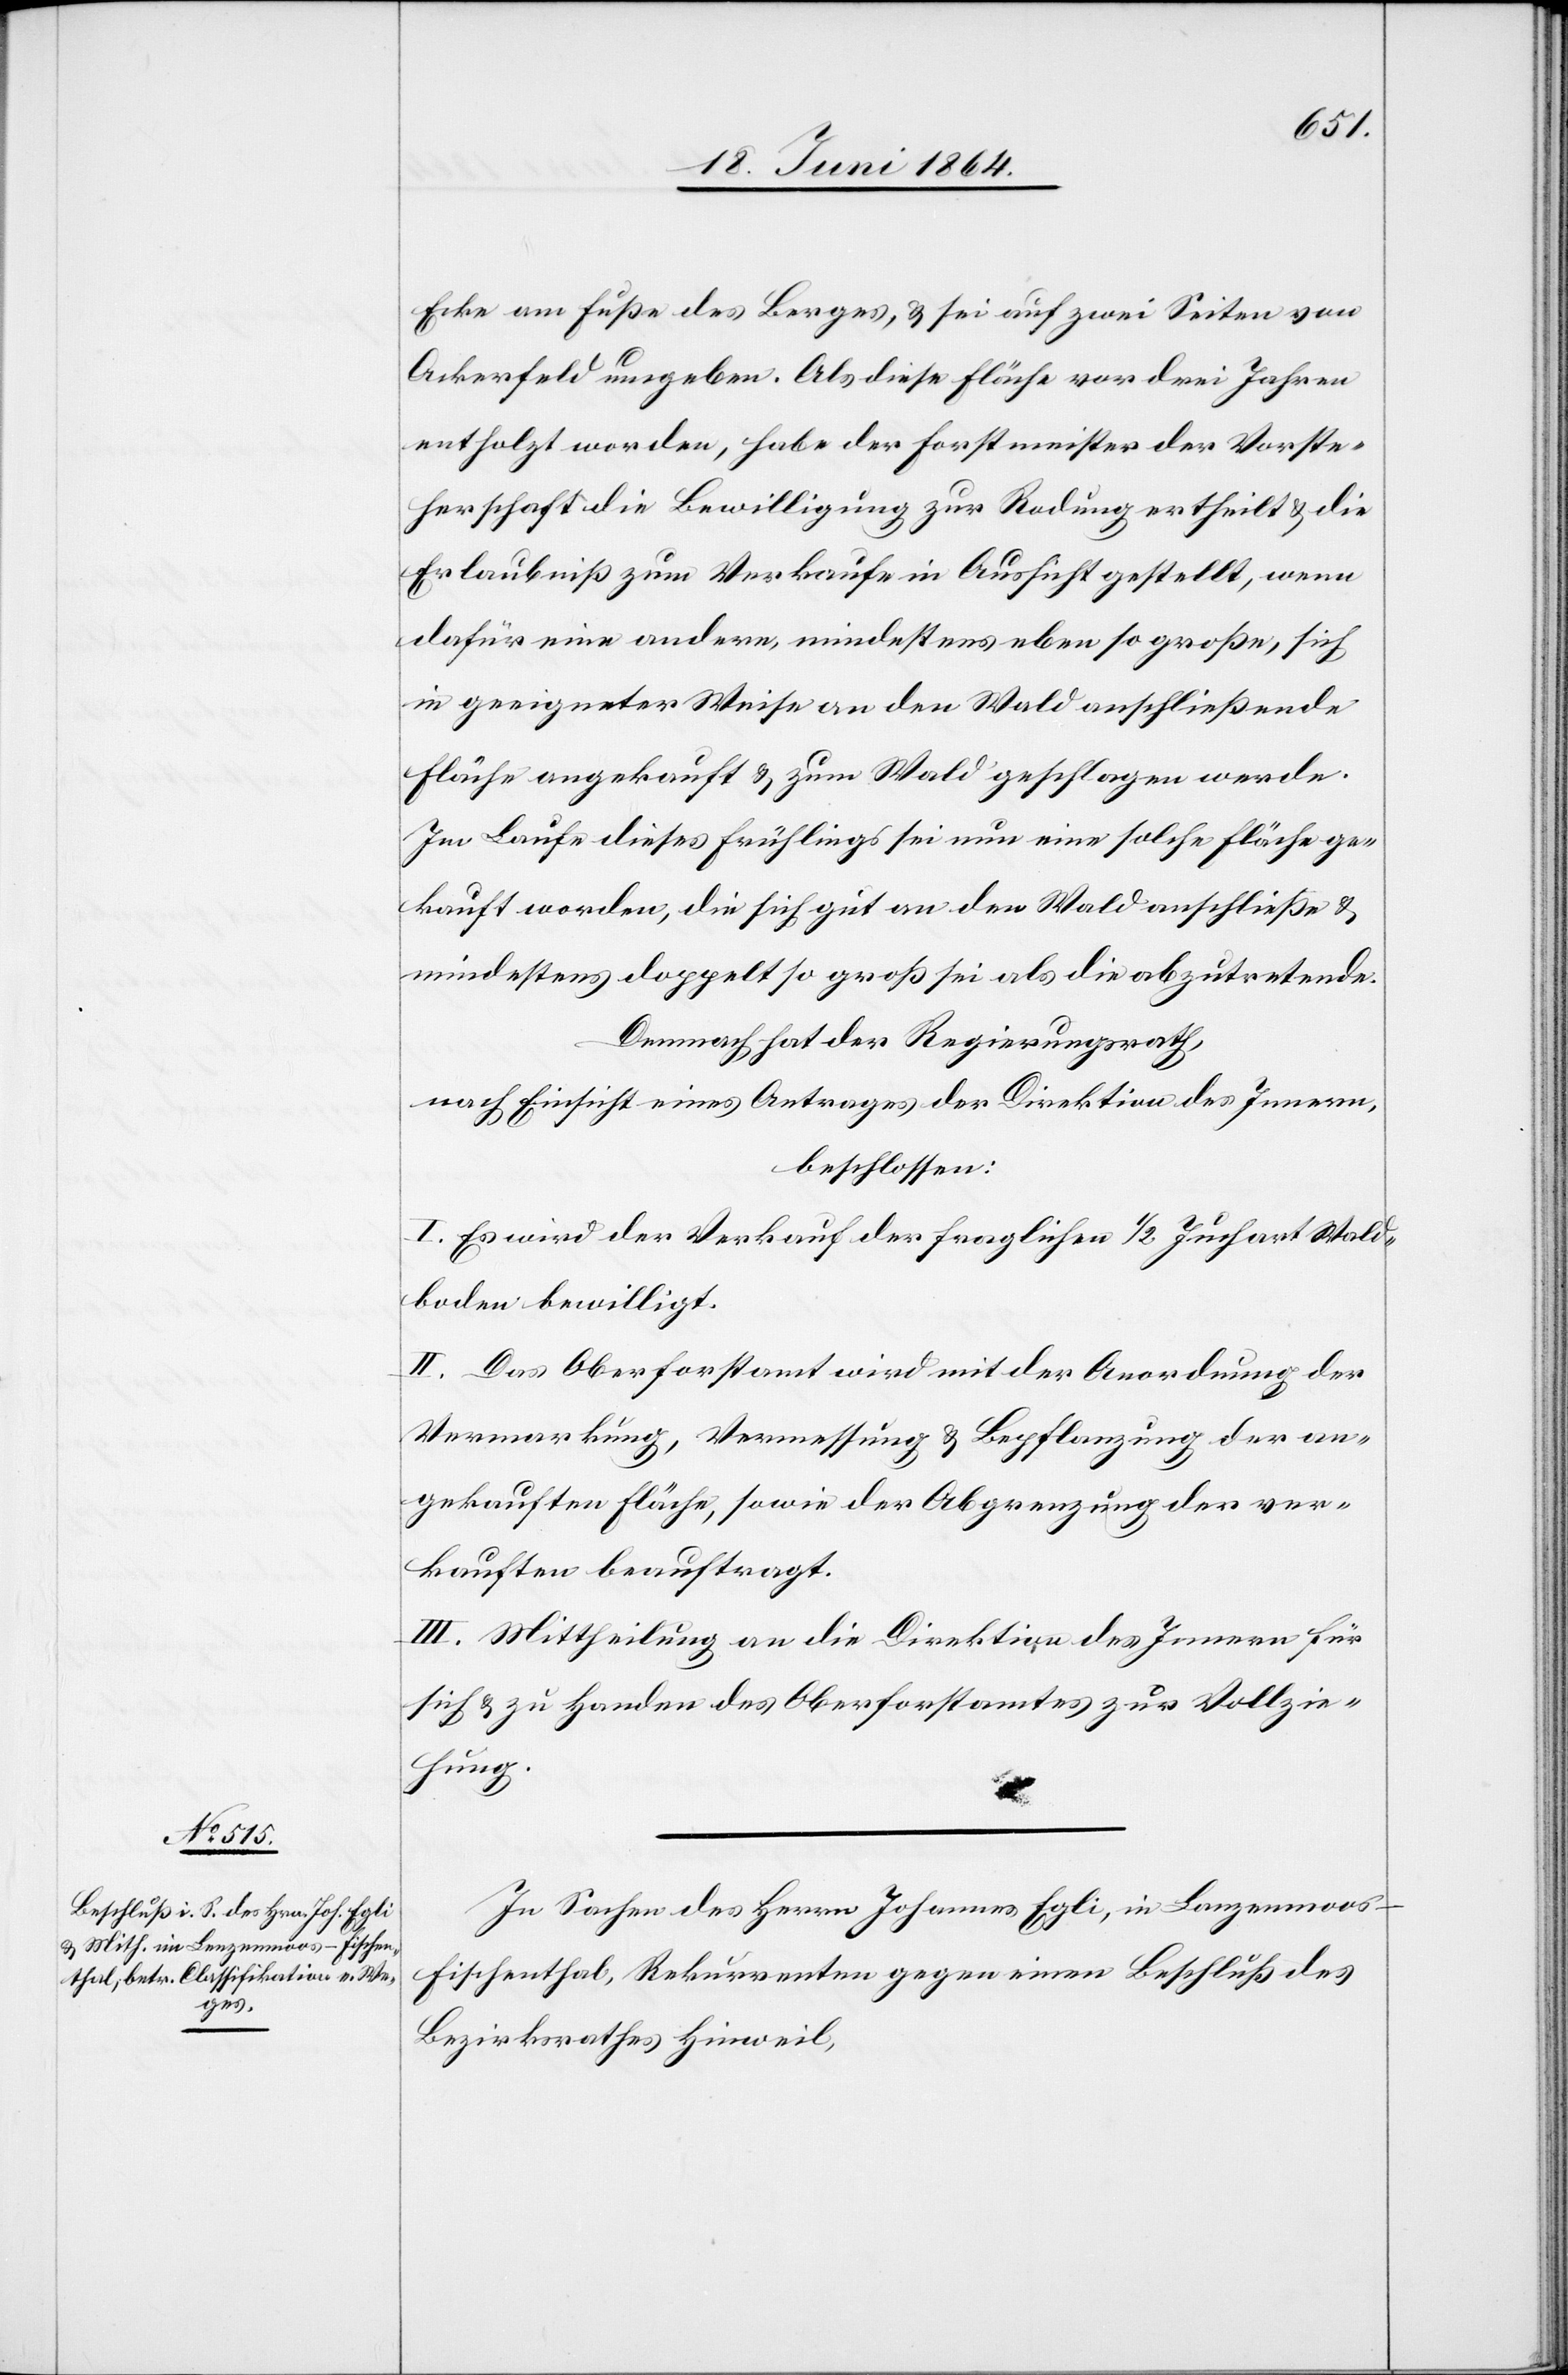
Ecke am Fuße des Berges, u. sei auf zwei Seiten von
Ackerfeld umgeben. Als diese Fläche vor drei Jahren
entholzt worden, habe der Forstmeister der Vorste¬
herschaft die Bewilligung zur Rodung ertheilt u. die
Erlaubniß zum Verkaufe in Aussicht gestellt, wenn
dafür eine andere, mindestens eben so große, sich
in geeigneter Weise an den Wald anschließende
Fläche angekauft u. zum Wald geschlagen werde.
Im Laufe dieses Frühlings sei nun eine solche Fläche ge¬
kauft worden, die sich gut an den Wald anschließe u.
mindestens doppelt so groß sei als die abzutretende.
Demnach hat der Regierungsrath,
nach Einsicht eines Antrages der Direktion des Innern,
beschlossen:
I. Es wird der Verkauf der fraglichen 1/2 Juchart Wald¬
boden bewilligt.
II. Das Oberforstamt wird mit der Anordnung der
Vermarkung, Vermessung u. Bepflanzung der an¬
gekauften Fläche, sowie der Abgrenzung der ver¬
kauften beauftragt.
III. Mittheilung an die Direktion des Innern für
sich u. zu Handen des Oberforstamtes zur Vollzie¬
hung.
In Sachen des Herrn Johannes Egli, in Lanzenmoos–F¬
ischenthal, Rekurrenten gegen einen Beschluß des
Bezirksrathes Hinweil,